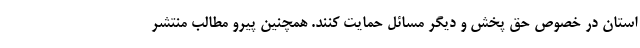
استان در خصوص حق پخش و دیگر مسائل حمایت کنند. همچنین پیرو مطالب منتشر